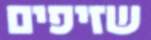
שזיפים